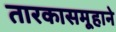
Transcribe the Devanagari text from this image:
तारकासमूहाने